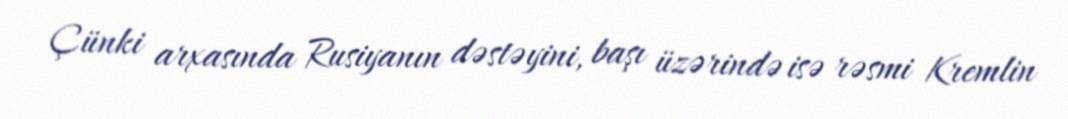
Çünki arxasında Rusiyanın dəstəyini, başı üzərində isə rəsmi Kremlin